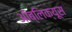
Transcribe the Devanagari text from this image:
ऑब्लिक्यूस